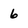
Character: 6